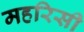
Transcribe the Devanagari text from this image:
महरिसी